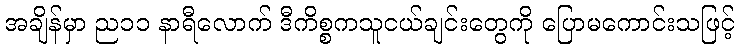
အချိန်မှာ ည၁၁ နာရီလောက် ဒီကိစ္စကသူငယ်ချင်းတွေကို ပြောမကောင်းသဖြင့်